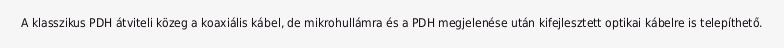
A klasszikus PDH átviteli közeg a koaxiális kábel, de mikrohullámra és a PDH megjelenése után kifejlesztett optikai kábelre is telepíthető.